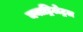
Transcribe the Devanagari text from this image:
क्वाड्रिलेट्रल